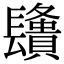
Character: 𨲿